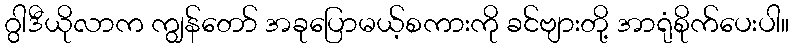
ဂွါဒီယိုလာက ကျွန်တော် အခုပြောမယ့်စကားကို ခင်ဗျားတို့ အာရုံစိုက်ပေးပါ။